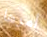
أمرها